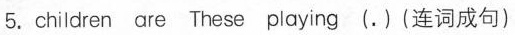
5.children are These playing (.)(连词成句)